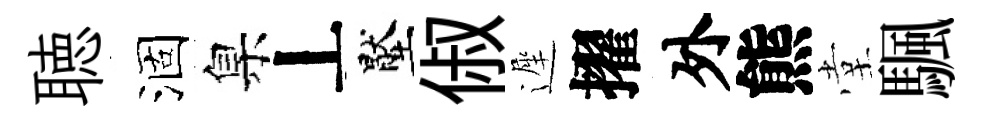
聴涸臬丄壓俶遲擢外熊堂颿